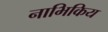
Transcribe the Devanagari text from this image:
नाभिकिय